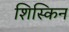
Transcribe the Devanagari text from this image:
शिस्किन